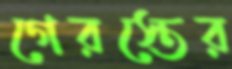
গেরস্তের